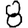
Digit: 8